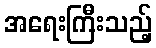
အရေးကြီးသည့်